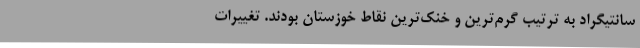
سانتیگراد به ترتیب گرم‌ترین و خنک‌ترین نقاط خوزستان بودند. تغییرات